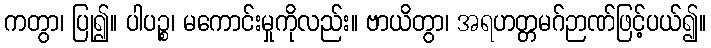
ကတွာ၊ ပြု၍။ ပါပဉ္စ၊ မကောင်းမှုကိုလည်း။ ဗာယိတွာ၊ အရဟတ္တမဂ်ဉာဏ်ဖြင့်ပယ်၍။